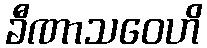
ခီဏာသဝေဟိ